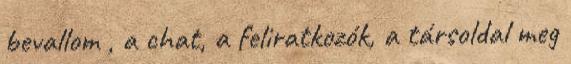
bevallom , a chat, a feliratkozók, a társoldal meg